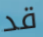
قد